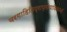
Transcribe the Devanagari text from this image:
वरगाहितिप्राप्तोपाधिकानॉ